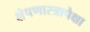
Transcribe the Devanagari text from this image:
क्षेपणास्त्रापेक्षा